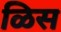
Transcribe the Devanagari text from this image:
ळिस